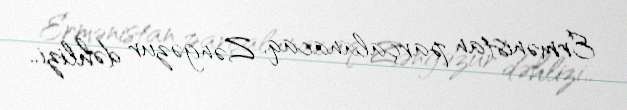
Ermənistan parçalanacaq, Zəngəzur dəhlizi..